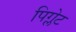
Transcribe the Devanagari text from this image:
पिग्लेट